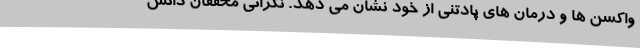
واکسن ها و درمان های پادتنی از خود نشان می دهد. نگرانی محققان دانش